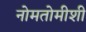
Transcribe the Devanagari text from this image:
नोमतोमीशी